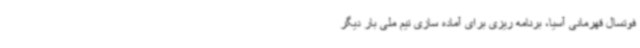
فوتسال قهرمانی آسیا، برنامه ریزی برای آماده سازی تیم ملی بار دیگر